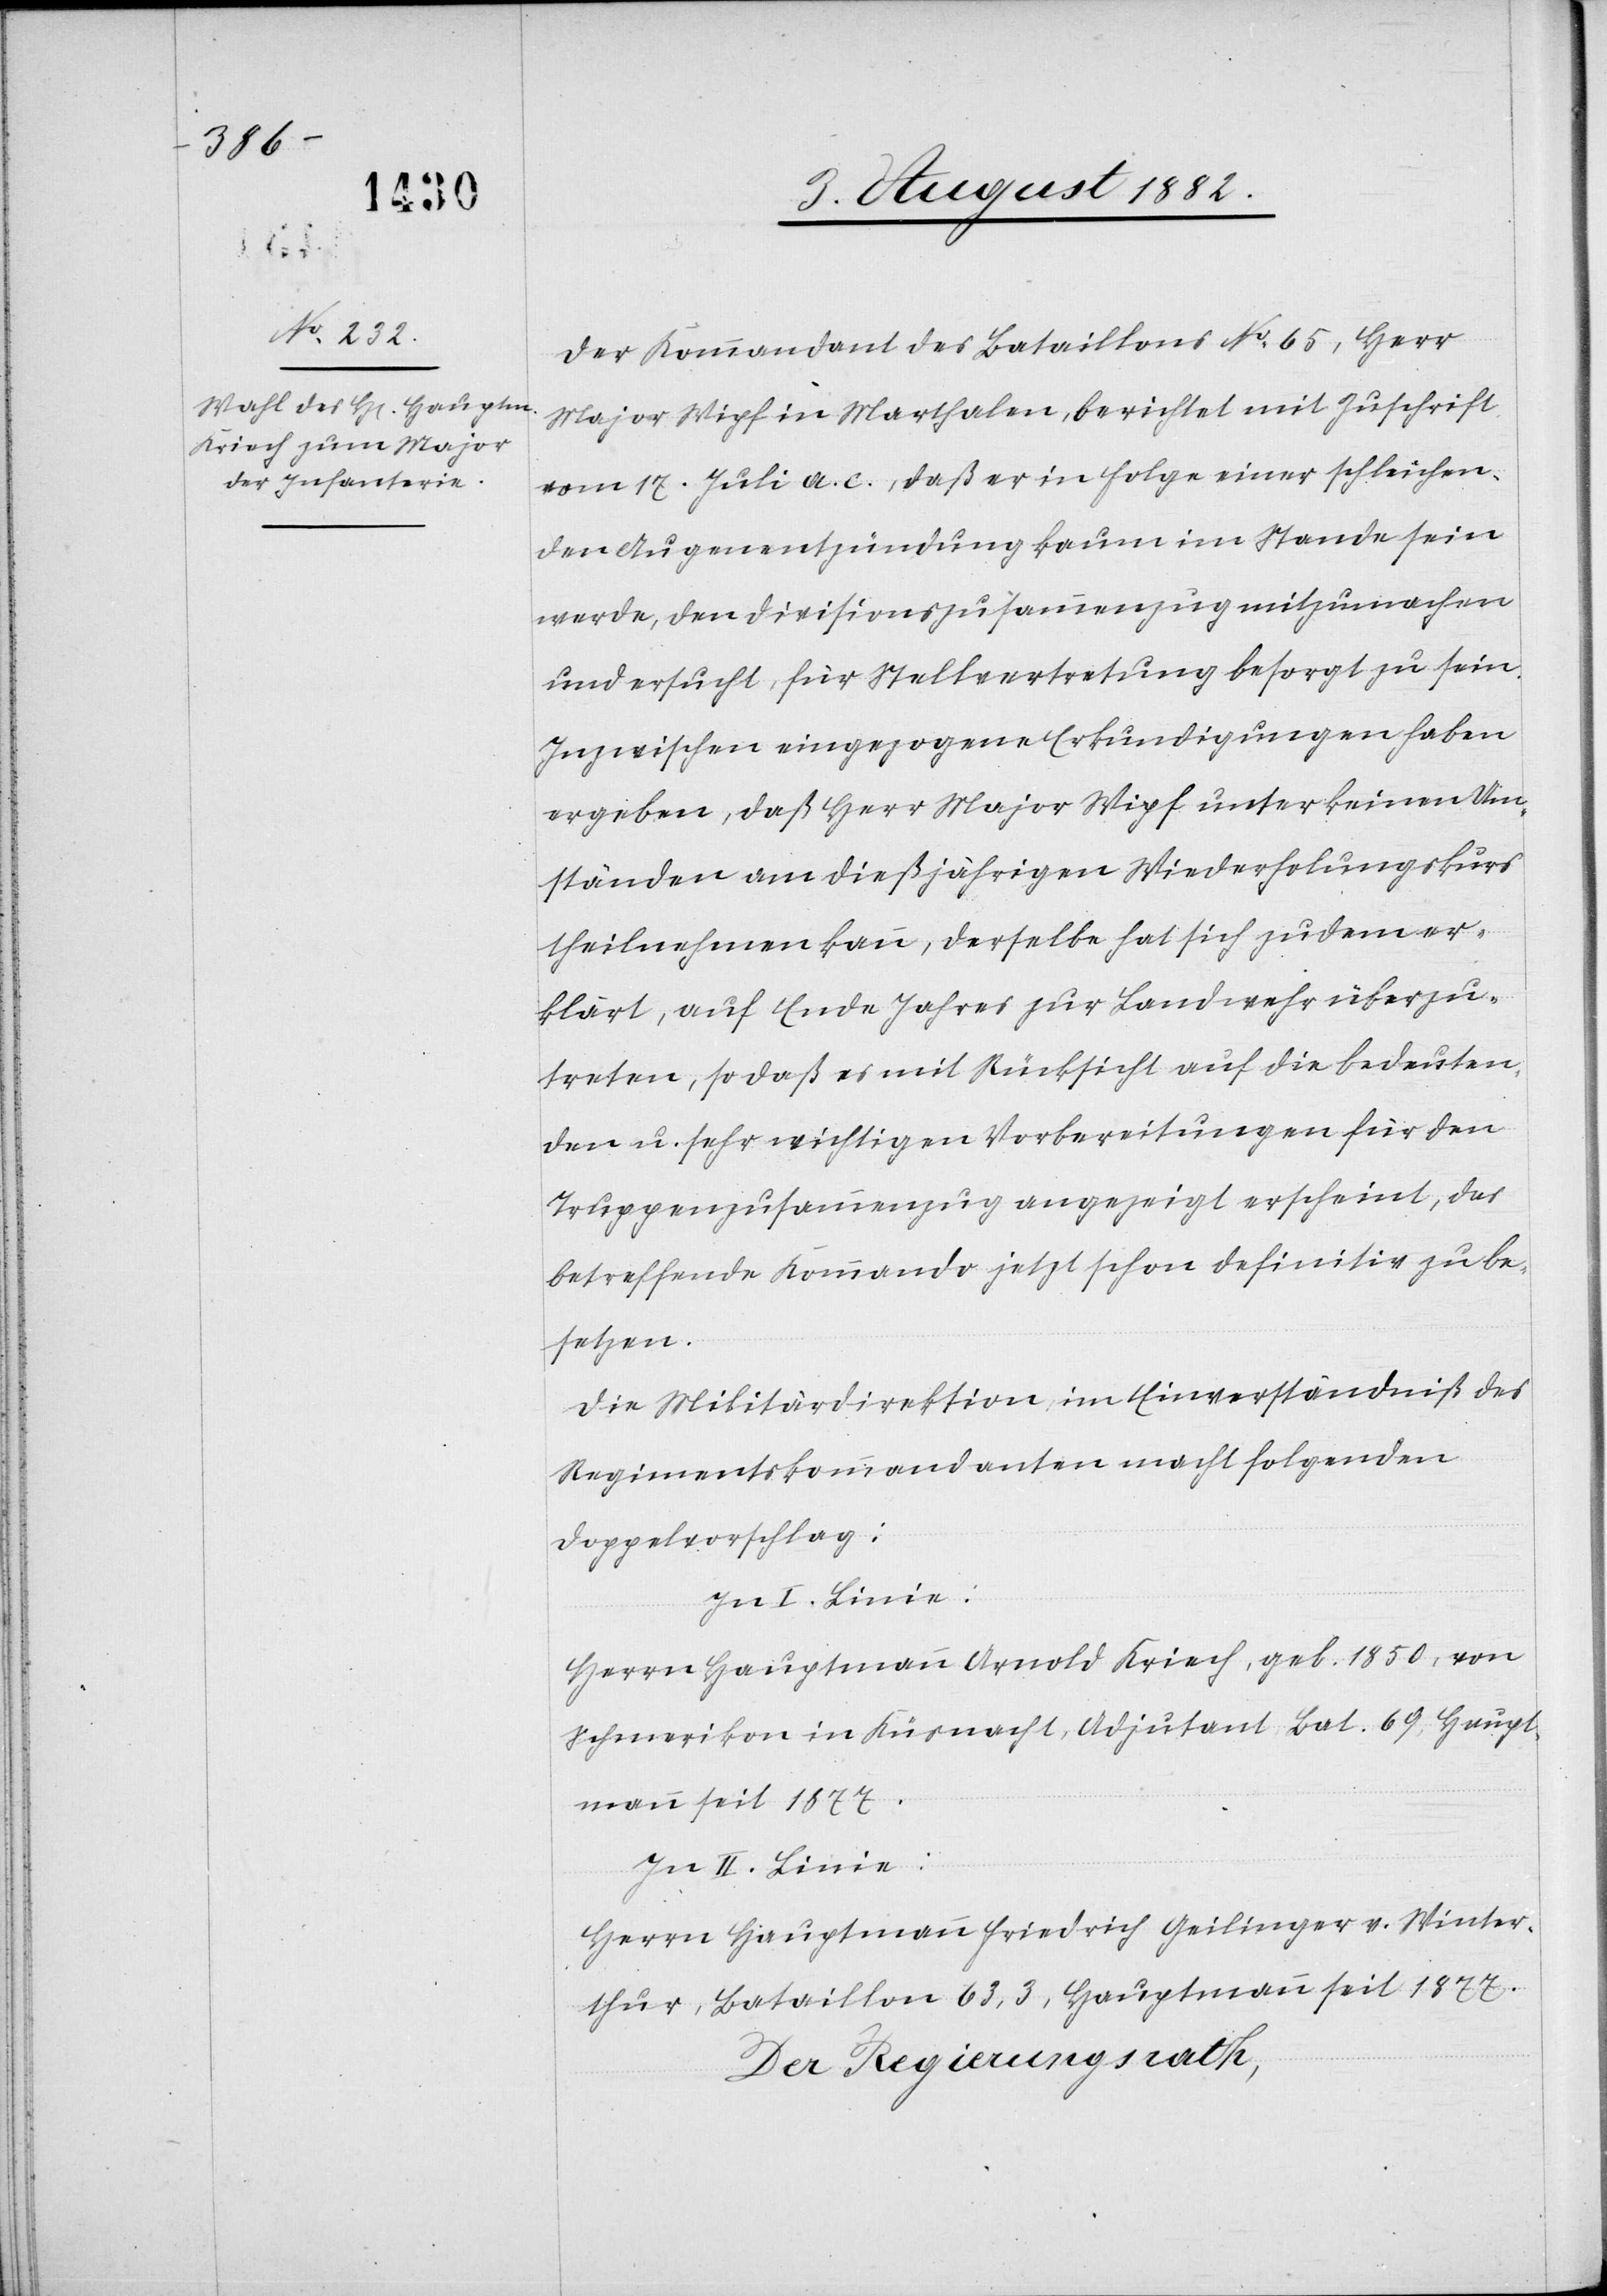
Der Kommandant des Bataillons No 65, Herr
Major Wipf in Marthalen, berichtet mit Zuschrift
vom 17. Juli a. c., daß er in Folge einer schleichen¬
den Augenentzündung kaum im Stande sein
werde, den Divisionszusammenzug mitzumachen
und ersucht, für Stellvertretung besorgt zu sein.
Inzwischen eingezogene Erkundigungen haben
ergeben, daß Herr Major Wipf unter keinen Um¬
ständen am dießjährigen Widerholungskurs
theilnehmen kann, derselbe hat sich zudem er¬
klärt, auf Ende Jahres zur Landwehr überzu¬
treten, so daß es mit Rücksicht auf die bedeuten¬
den u. sehr wichtigen Vorbereitungen für den
Truppenzusammenzug angezeigt erscheint, das
betreffende Kommando jetzt schon definitiv zu be¬
setzen.
Die Militärdirektion, im Einverständniß des
Regimentkommandanten macht folgenden
Doppelvorschlag:
In I. Linie:
Herrn Hauptmann Arnold Kriech, geb. 1850, von
Schmerikon in Küsnacht, Adjutant Bat. 69, Haupt¬
mann seit 1877.
In II. Linie:
Herrn Hauptmann Friedrich Geilinger von Winter¬
thur, Bataillon 63, 3, Hauptmann seit 1877.
Der Regierungsrath,